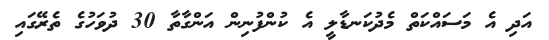
އަދި އެ މަސައްކަތް މެދުކަނޑާލީ އެ ކުންފުނިން އަންގާތާ 30 ދުވަހުގެ ތެރޭގައި